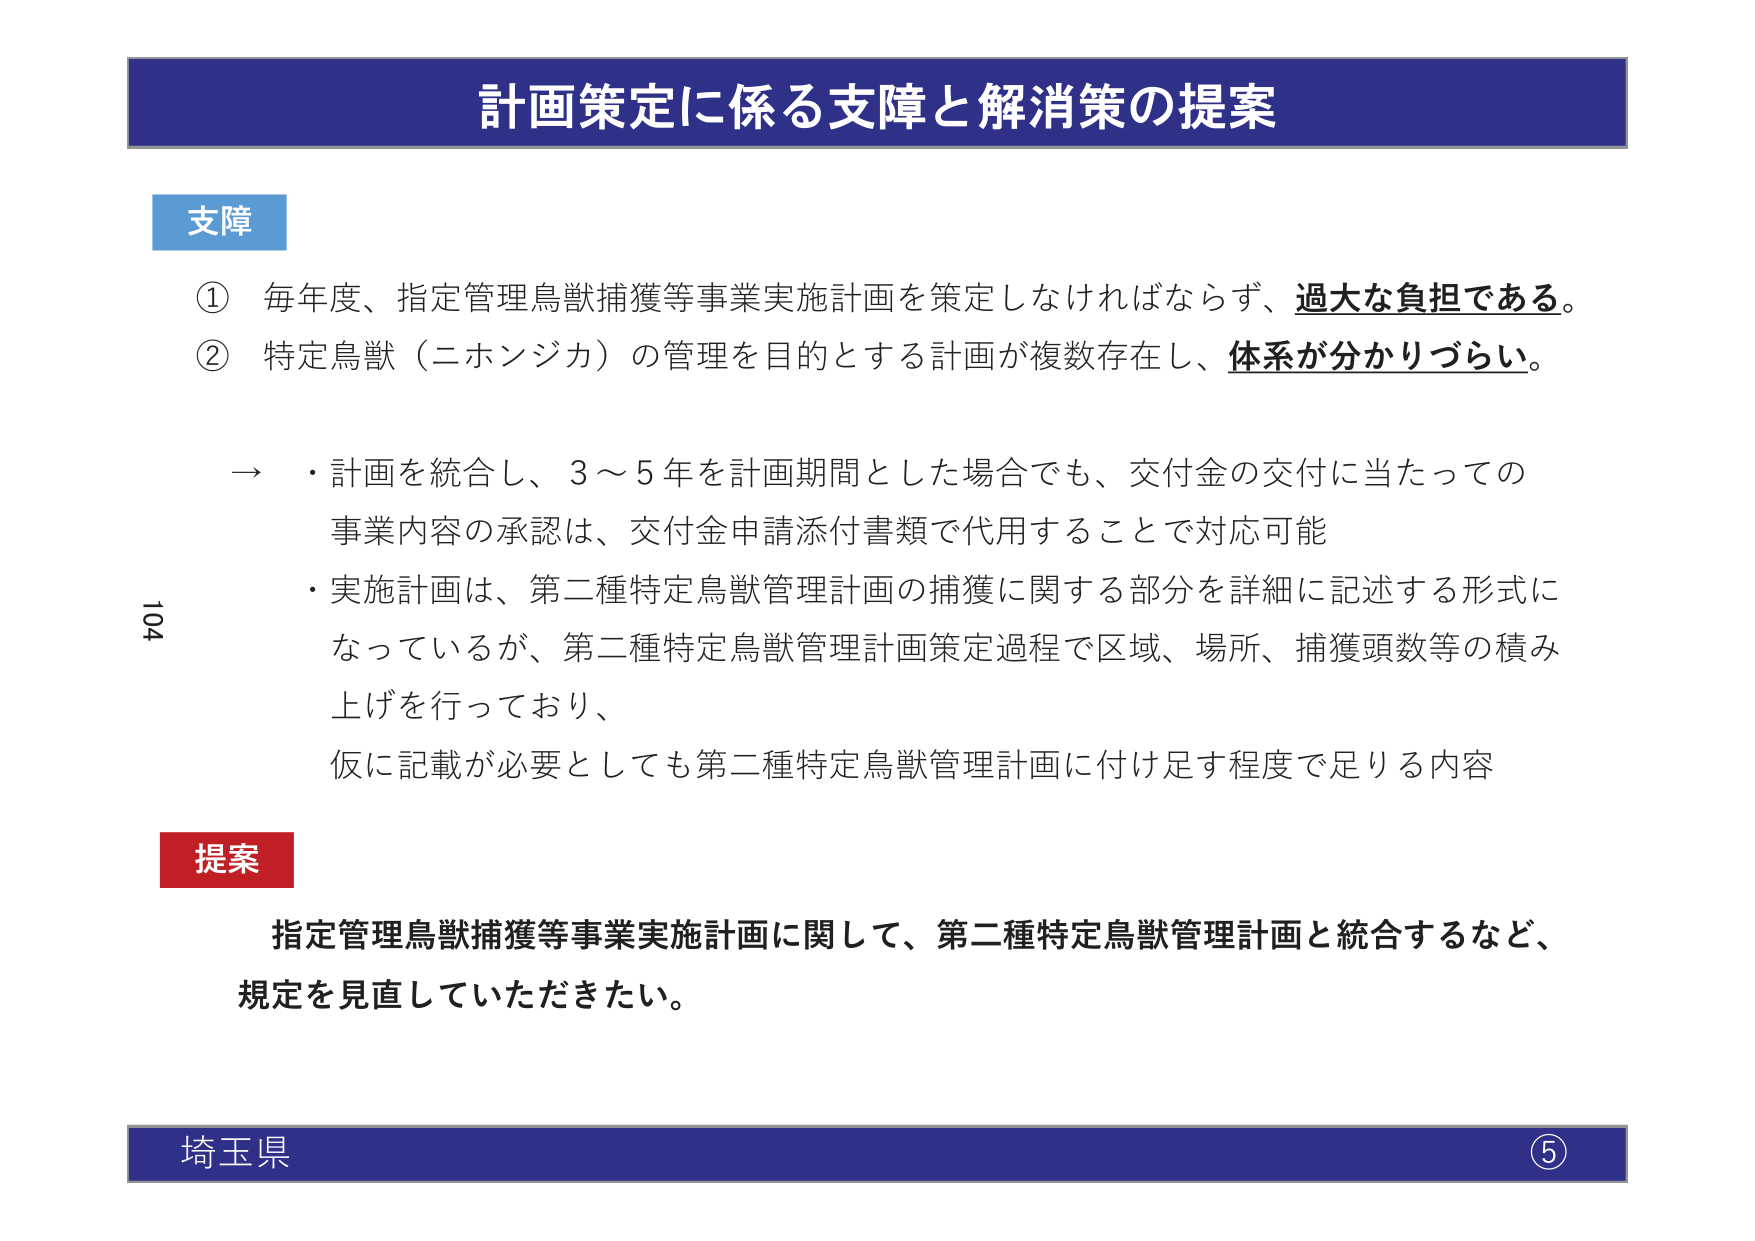
計画策定に係る支障と解消策の提案

支障
① 毎年度、指定管理鳥獣捕獲等事業実施計画を策定しなければならず、過大な負担である。
② 特定鳥獣（ニホンジカ）の管理を目的とする計画が複数存在し、体系が分かりづらい。

→ ・計画を統合し、3～5年を計画期間とした場合でも、交付金の交付に当たっての
事業内容の承認は、交付金申請添付書類で代用することで対応可能
・実施計画は、第二種特定鳥獣管理計画の捕獲に関する部分を詳細に記述する形式に
なっているが、第二種特定鳥獣管理計画策定過程で区域、場所、捕獲頭数等の積み
上げを行っており、
仮に記載が必要としても第二種特定鳥獣管理計画に付け足す程度で足りる内容

提案
指定管理鳥獣捕獲等事業実施計画に関して、第二種特定鳥獣管理計画と統合するなど、
規定を見直していただきたい。

埼玉県 ⑤

104